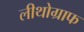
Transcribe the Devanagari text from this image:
लीथोग्राफ